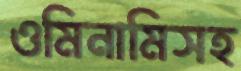
ওমিনামিসহ